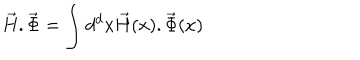
\vec { H } . \vec { \Phi } = \int d ^ { d } x \vec { H } ( x ) . \vec { \Phi } ( x )